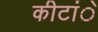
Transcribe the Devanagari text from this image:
कीटांे